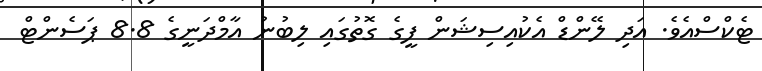
ޓެކްސްއެވެ. އަދި ލޭންޑް އެކުއިސިޝަން ފީގެ ގޮތުގައި ލިބުނު އާމްދަނީގެ 8.8 ޕަސެންޓް